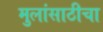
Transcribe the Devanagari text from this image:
मुलांसाठीचा